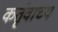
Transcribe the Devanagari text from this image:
कर्तृवाच्य